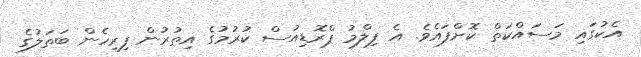
އެކުގައި މަސައްކަތް ކޮށްފައެވެ. އެ ފިލްމު ޕްރޮޑިއުސް ކުރުމުގެ އިތުރުން ފިރިހެން ބަތަލުގެ